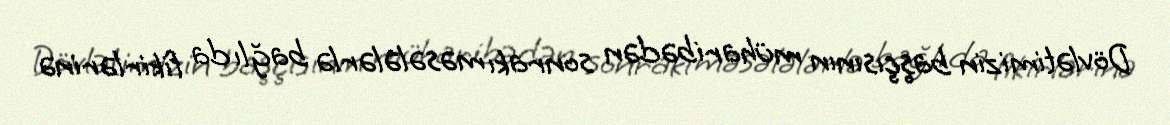
Dövlətimizin başçısının müharibədən sonrakı məsələlərlə bağlı da fikirlərinə